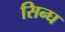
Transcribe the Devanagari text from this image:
सिन्घ